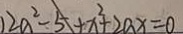
1 2 a ^ { 2 } - 5 + x ^ { 2 } + 2 a x = 0